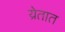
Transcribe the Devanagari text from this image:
य्रेतात